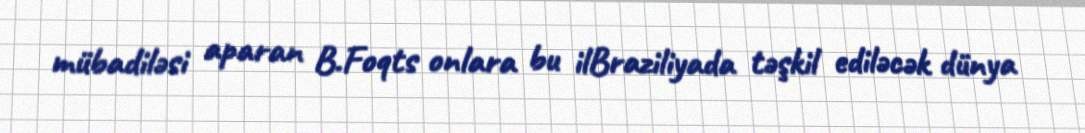
mübadiləsi aparan B.Foqts onlara bu ilBraziliyada təşkil ediləcək dünya